Kambja_algkool, lk 105
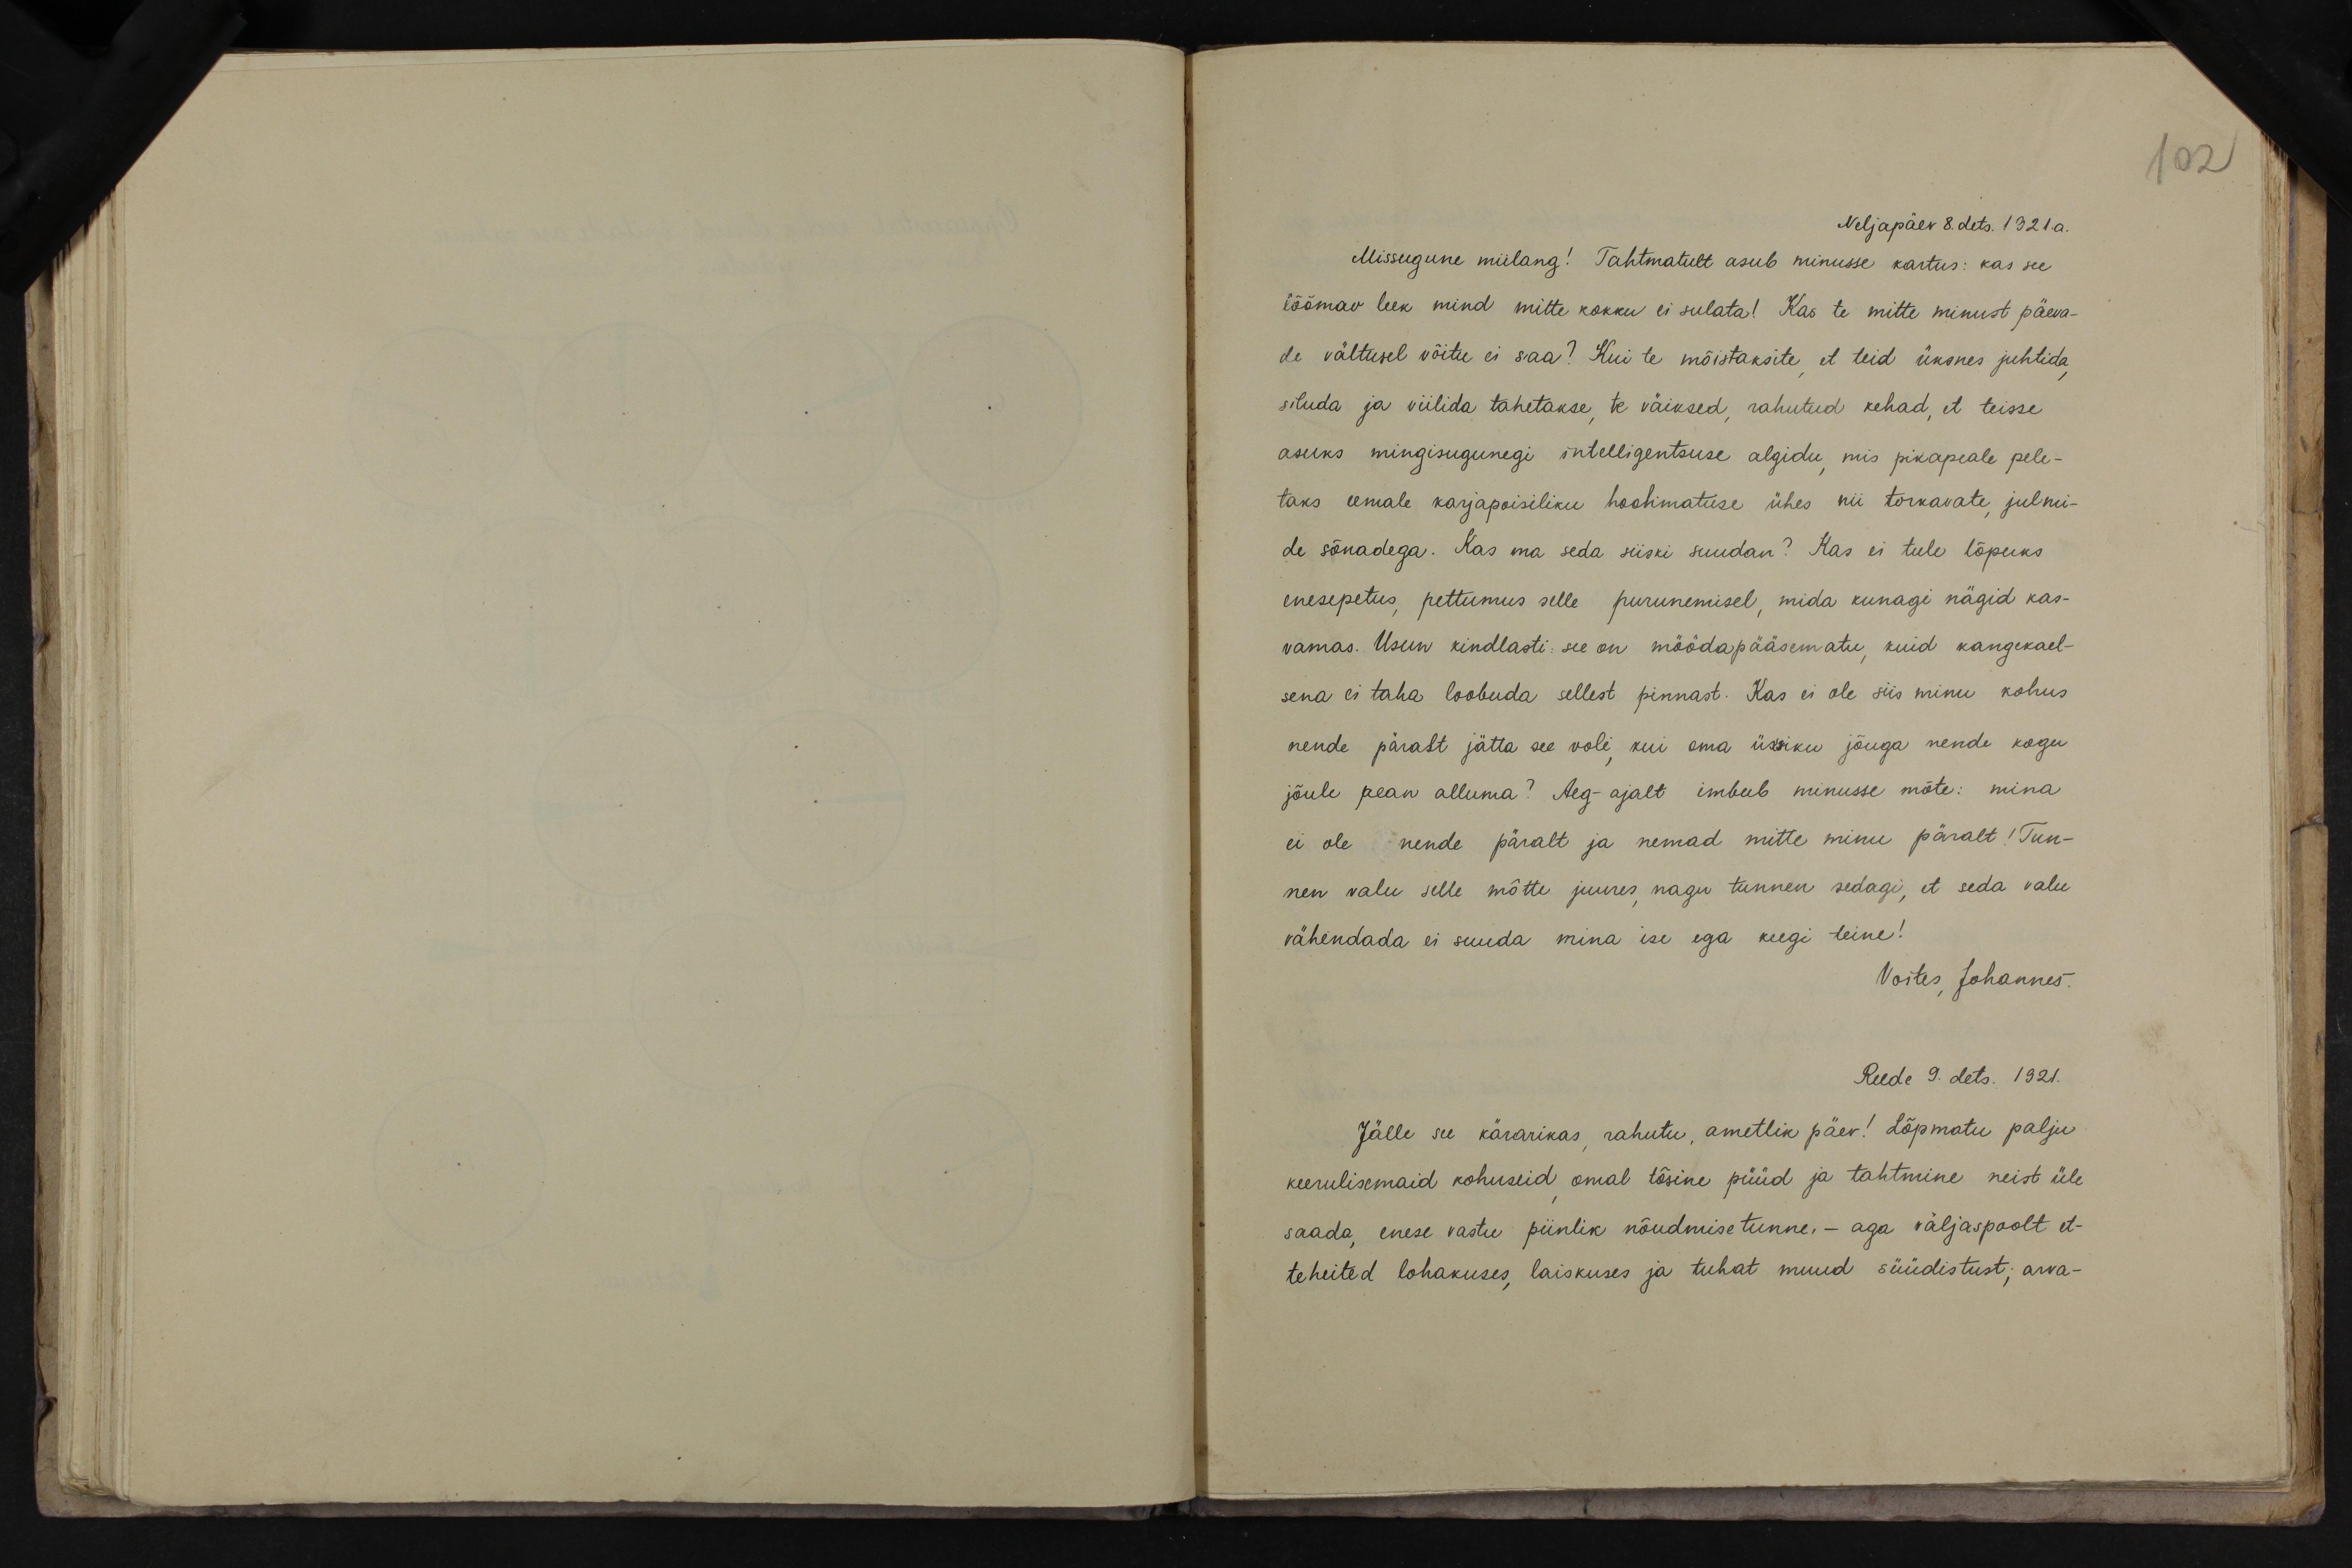
102

Neljapäev 8. dets. 1921.a.
Missugune miilang! Tahtmatult asub minusse kartus: kas see
Iõõmav leek mind mitte kokku ei sulata! Kas te mitte minust päeva-
de vältusel võitu ei saa? Kui te mõistaksite et teid üksnes juhtida,
siluda ja viilida tahetakse, te väiksed, rahutud kehad, et teisse
asuks mingisugunegi intelligentsuse algidu, mis pikapeale pele-
taks eemale karjapoisiliku hoolimatuse ühes nii torkavate, julmi-
de sõnadega. Kas ma seda siiski suudan? Kas ei tule lõpuks
enesepetus, pettumus selle purunemisel, mida kunagi nägid kas-
vamas. Usun kindlasti: see on möödapääsematu, kuid kangekael-
sena ei taha loobuda sellest pinnast. Kas ei ole siis minu kohus
nende pärast jätta see voli, kui oma üksiku jõuga nende kogu
jõule pean alluma? Aeg-ajalt imbub minusse mõte: mina
ei ole nende päralt ja nemad mitte minu päralt! Tun-
nen valu selle mõtte juures, nagu tunnen sedagi, et seda valu
vähendada ei suuda mina ise ega keegi teine!
Voites, Johannes.
Reede 9. dets. 1921.
Jälle see kärarikas, rahutu, ametlik päev! Lõpmatu palju
keerulisemaid kohuseid, omal tõsine püüd ja tahtmine neist üle-
saada, enese vastu piinlik nõudmise tunne, - aga väljaspoolt et-
teheited lohakuses, laiskuses ja tuhat muud süüdistust; arva-